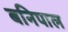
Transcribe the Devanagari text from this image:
बनिपाल